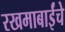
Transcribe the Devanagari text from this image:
रखमाबाईंचे